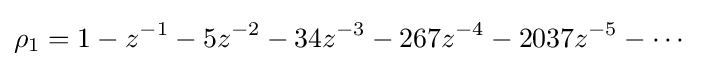
\rho _{1}=1-z^{-1}-5z^{-2}-34z^{-3}-267z^{-4}-2037z^{-5}-\cdots